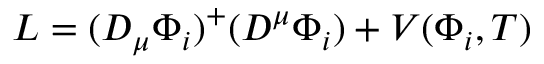
{ \cal L } = ( D _ { \mu } \Phi _ { i } ) ^ { + } ( D ^ { \mu } \Phi _ { i } ) + V ( \Phi _ { i } , T )